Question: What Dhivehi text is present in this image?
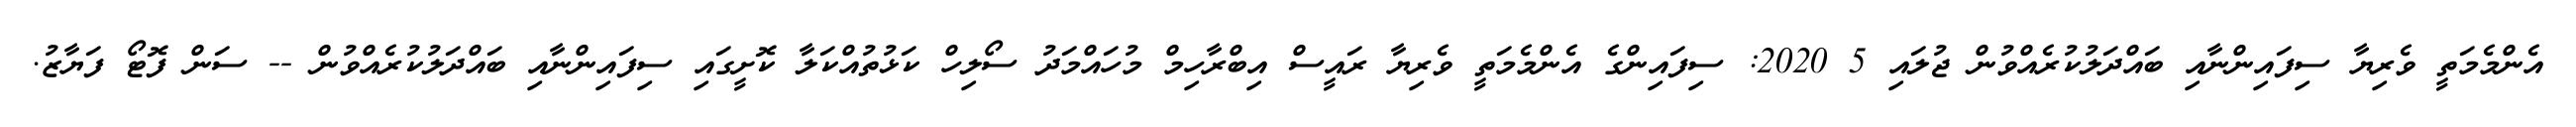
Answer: އެންމެމަތީ ވެރިޔާ ސިފައިންނާއި ބައްދަލުކުރެއްވުން ޖުލައި 5 2020: ސިފައިންގެ އެންމެމަތީ ވެރިޔާ ރައީސް އިބްރާހިމް މުހައްމަދު ސޯލިހް ކަޅުތުއްކަލާ ކޮށީގައި ސިފައިންނާއި ބައްދަލުކުރެއްވުން -- ސަން ފޮޓޯ ފަޔާޒު.